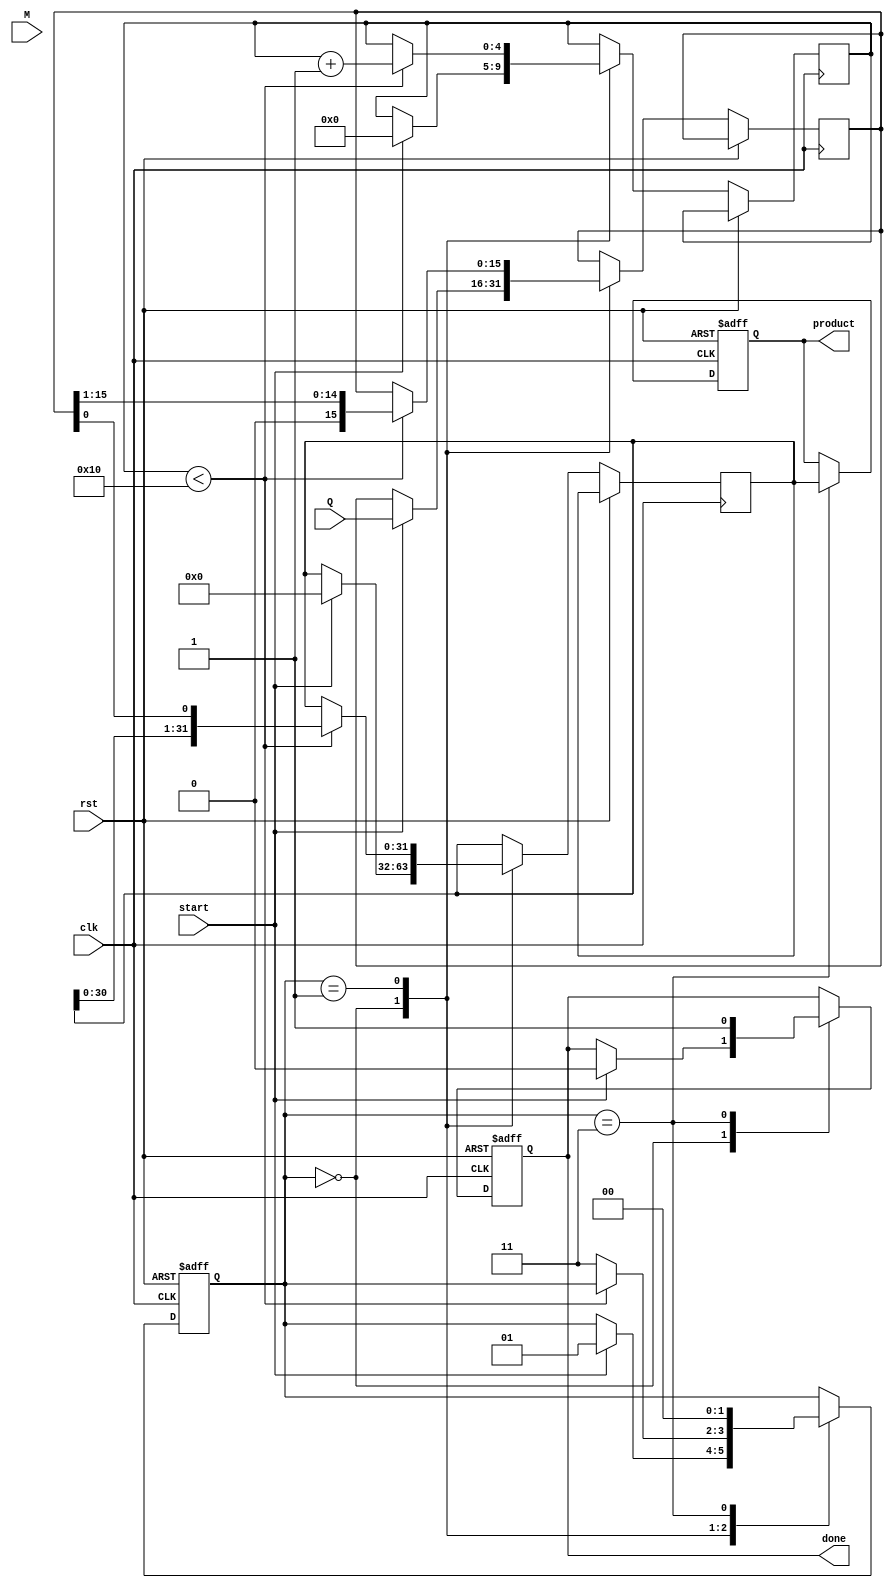
module modified_booth_multiplier (
    input wire clk,
    input wire rst,
    input wire start,
    input wire signed [15:0] M, // Multiplicand
    input wire signed [15:0] Q, // Multiplier
    output reg signed [31:0] product, // Final product
    output reg done // Indicates multiplication is complete
);

    // Internal registers
    reg signed [15:0] M_reg;
    reg signed [15:0] Q_reg;
    reg signed [31:0] A; // Accumulator
    reg [4:0] count; // Count of bits processed
    reg [1:0] state; // FSM state

    // FSM states
    localparam IDLE = 2'b00,
               LOAD = 2'b01,
               PROCESS = 2'b10,
               DONE = 2'b11;

    // Booth encoding logic
    wire [1:0] booth_code;
    reg [1:0] Q_prev; // Previous bit of Q

    always @(posedge clk or posedge rst) begin
        if (rst) begin
            state <= IDLE;
            product <= 0;
            done <= 0;
        end else begin
            case (state)
                IDLE: begin
                    if (start) begin
                        // Load inputs
                        M_reg <= M;
                        Q_reg <= Q;
                        A <= 0;
                        count <= 0;
                        Q_prev <= 2'b00; // Initialize previous bits
                        state <= LOAD;
                        done <= 0;
                    end
                end

                LOAD: begin
                    if (count < 16) begin
                        // Booth encoding
                        booth_code = {Q_reg[0], Q_prev[0]}; // Get current and previous bits
                        Q_prev <= {Q_reg[0], Q_prev[0]}; // Shift previous bits

                        case (booth_code)
                            2'b00: begin
                                // Do nothing
                            end
                            2'b01: begin
                                // Add M to A
                                A <= A + M_reg;
                            end
                            2'b10: begin
                                // Subtract M from A
                                A <= A - M_reg;
                            end
                            2'b11: begin
                                // Do nothing
                            end
                        endcase

                        // Shift right
                        A <= {A[30:0], Q_reg[0]}; // Shift A and bring down the last bit of Q
                        Q_reg <= Q_reg >> 1; // Shift Q right
                        count <= count + 1; // Increment count
                    end else begin
                        state <= DONE; // Move to done state
                    end
                end

                DONE: begin
                    product <= A; // Store the final product
                    done <= 1; // Indicate completion
                    state <= IDLE; // Go back to idle
                end
            endcase
        end
    end

endmodule